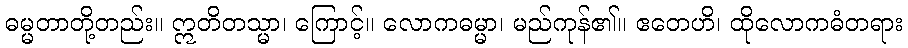
ဓမ္မတာတို့တည်း။ ဣတိတသ္မာ၊ ကြောင့်။ လောကဓမ္မာ၊ မည်ကုန်၏။ ဧတေဟိ၊ ထိုလောကဓံတရား